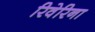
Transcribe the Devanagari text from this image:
रिवेरिना